65_HS1-834228961_62-HQ-83894_Section_4
Agency: FBI
Page 81
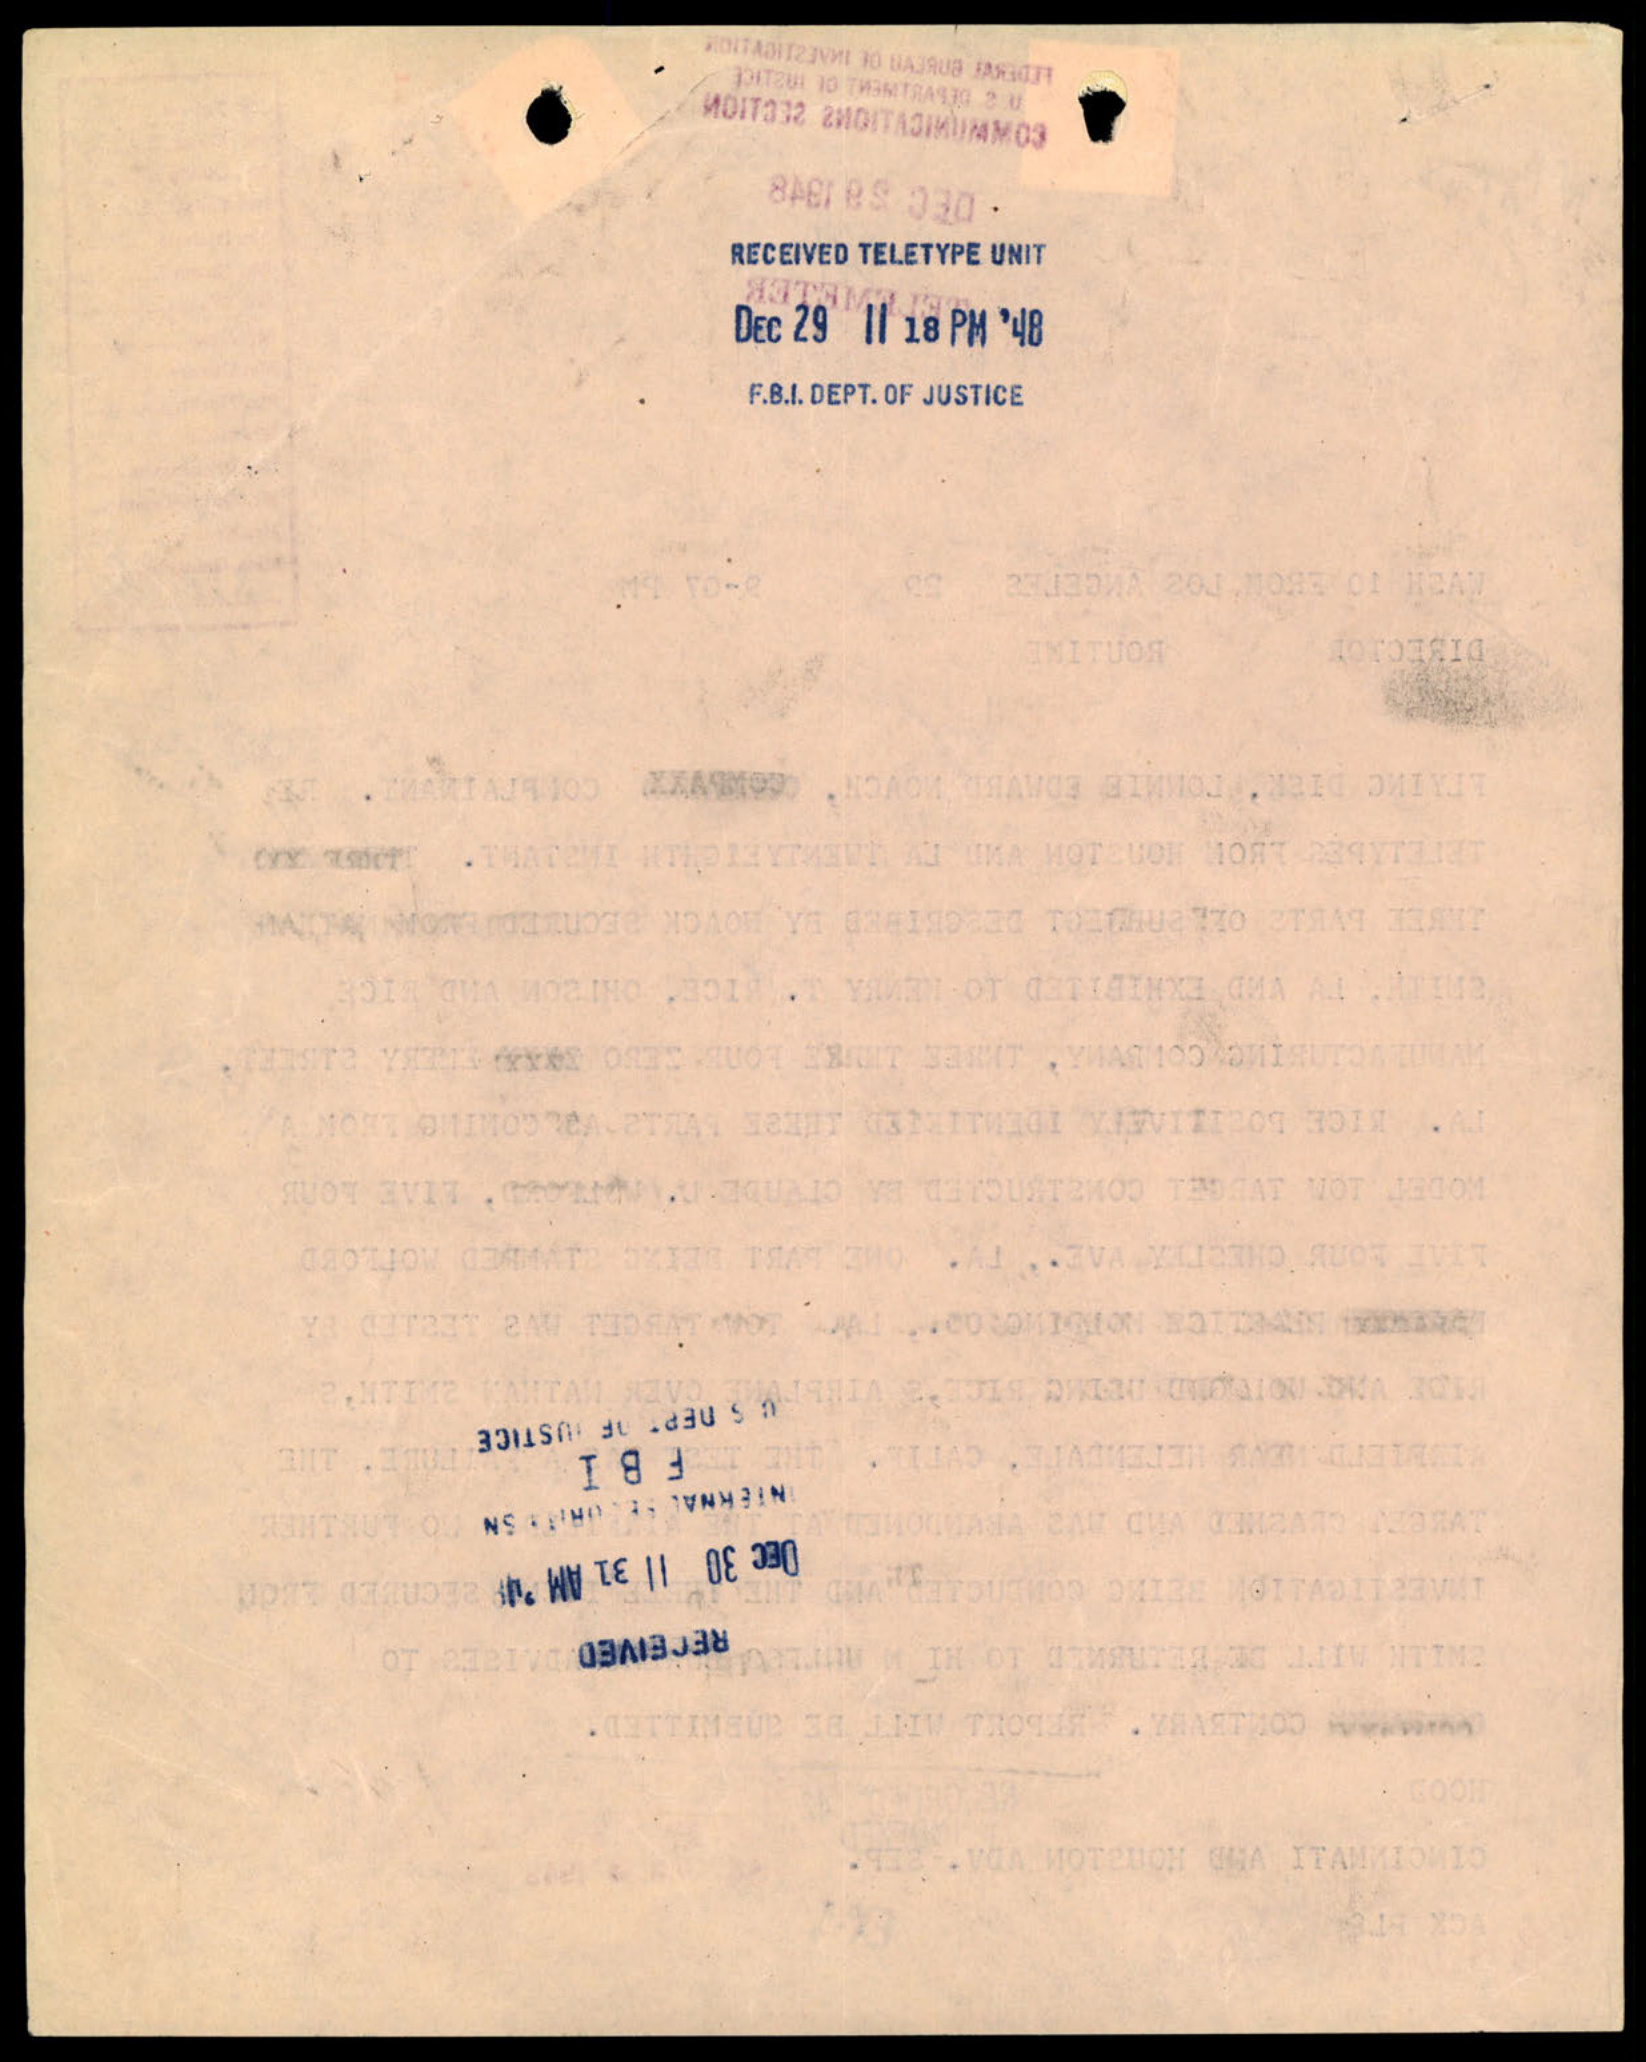